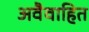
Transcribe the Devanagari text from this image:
अवैवाहित